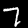
Digit: 7